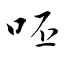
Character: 呸